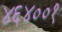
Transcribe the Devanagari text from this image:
४६४००१